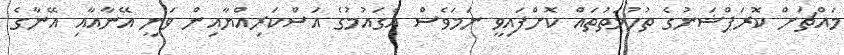
މައްޗަށް ކޮރަޕްޝަނުގެ ތުހުމަތުތައް ކޮށްފައިވީ ނަމަވެސް އެގައުމުގެ އަސްކަރިއްޔާއިން ވަނީ އޭނާއާއި އޭނާގެ